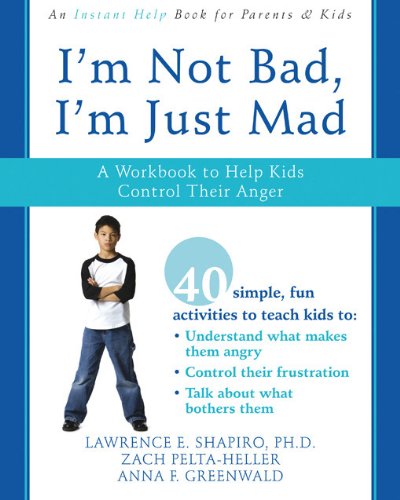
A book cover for I'm Not Bad, I'm Just Mad: A Workbook to Help Kids Control Their Anger; Anna Greenwald; Parenting & Relationships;